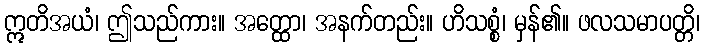
ဣတိအယံ၊ ဤသည်ကား။ အတ္ထော၊ အနက်တည်း။ ဟိသစ္စံ၊ မှန်၏။ ဖလသမာပတ္တိ၊